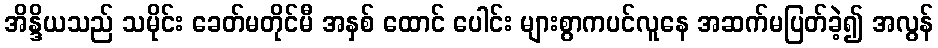
အိန္ဒိယသည် သမိုင်း ခေတ်မတိုင်မီ အနှစ် ထောင် ပေါင်း များစွာကပင်လူနေ အဆက်မပြတ်ခဲ့၍ အလွန်